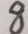
8